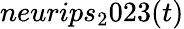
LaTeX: neurips_{2}023(t)